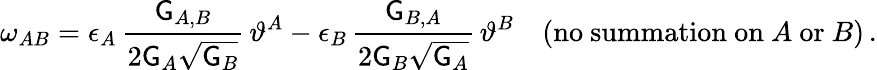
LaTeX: \omega_{AB}=\epsilon_{A}\, \frac{\mathsf{G}_{A,B}}{2\mathsf{G}_{A}\sqrt{\mathsf{G}_{B}}}\, \vartheta^{A}-\epsilon_{B}\, \frac{\mathsf{G}_{B,A}}{2\mathsf{G}_{B}\sqrt{\mathsf{G}_{A}}}\, \vartheta^{B}\quad(\mathrm{no~summation~on}~A~\mathrm{or}~B)\, .